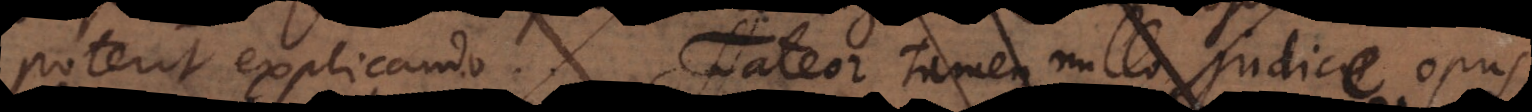
poterit explicando. Fateor tamen nullo judice opus